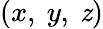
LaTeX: \left(x,~y,~\mathit{z}\right)